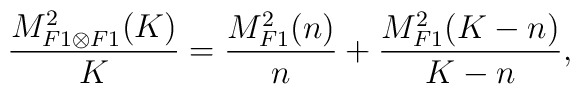
\frac{M_{F1\otimes F1}^2(K)}{K} = \frac{M_{F1}^2(n)}{n} +\frac{M_{F1}^2(K-n)}{K-n},